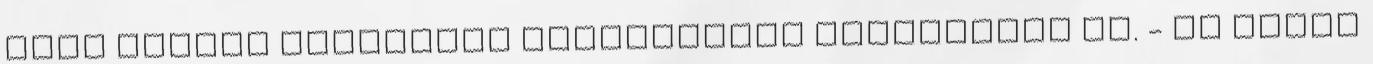
csak néhány becsmérlő megjegyzést érdemelnék ki. - És mikor